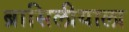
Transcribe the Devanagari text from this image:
ब्रासिलीयाला